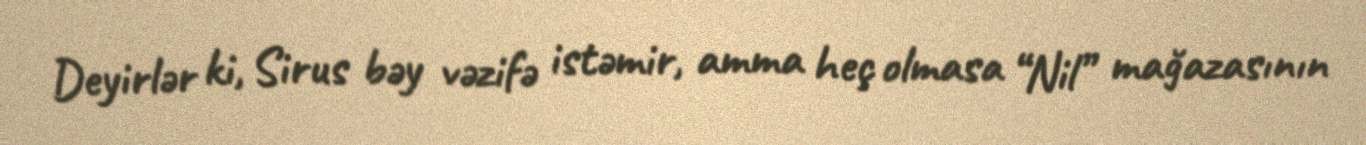
Deyirlər ki, Sirus bəy vəzifə istəmir, amma heç olmasa “Nil” mağazasının